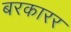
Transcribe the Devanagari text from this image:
बरकारर